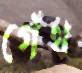
গেঁথ